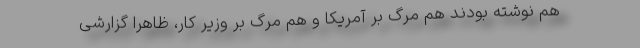
هم نوشته بودند هم مرگ بر آمریکا و هم مرگ بر وزیر کار، ظاهرا گزارشی